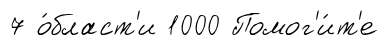
7 о́бласт'и 1000 Помог'и́т'е